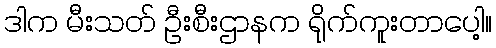
ဒါက မီးသတ် ဦးစီးဌာနက ရိုက်ကူးတာပေါ့။